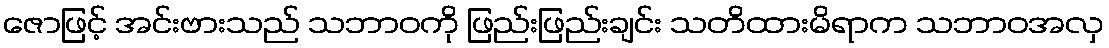
ဇောဖြင့် အင်းဗားသည် သဘာဝကို ဖြည်းဖြည်းချင်း သတိထားမိရာက သဘာဝအလှ